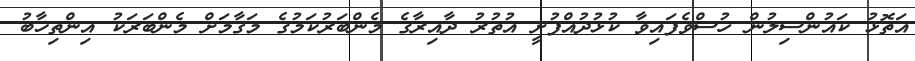
އަތޮޅު ކައުންސިލުން ހުސްވެފައިވާ ކުޅުދުއްފުށީ އުތުރު ދާއިރާގެ މެންބަރުކަމުގެ މަޤާމަށް މެންބަރަކު އިންތިޚާބު